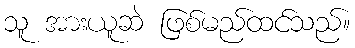
သူ အားယူဆဲ ဖြစ်မည်ထင်သည်။